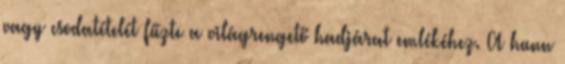
vagy csodatételét fűzte a világrengető hadjárat emlékéhez. A hunn